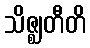
သိဇ္ဈတီတိ